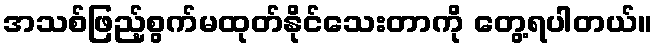
အသစ်ဖြည့်စွက်မထုတ်နိုင်သေးတာကို တွေ့ရပါတယ်။